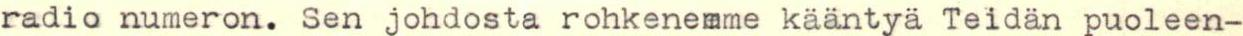
radio numeron. Sen johdosta rohkenemme kääntyä Teidän puoleen-